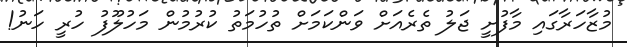
މުޒާހަރާގައި މާފުށީ ޖަލު ތެރެއަށް ވަންކަމަށް ތުހުމަތު ކުރުމުން މަހުލޫފު ހުރީ ހަނު!